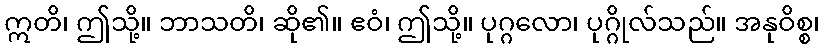
ဣတိ၊ ဤသို့။ ဘာသတိ၊ ဆို၏။ ဧဝံ၊ ဤသို့။ ပုဂ္ဂလော၊ ပုဂ္ဂိုလ်သည်။ အနုဝိစ္စ၊